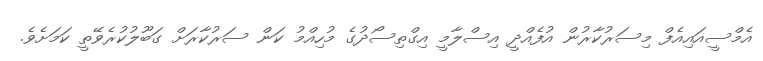
އެމްސީއައިއެފް މިސަރުކާރުން އުފެއްދީ އިސްލާމީ އިގްތިސޯދުގެ މުހިއްމު ކަން ސަރުކާރަށް ގަބޫލުކުރެވޭތީ ކަމަށެވެ.